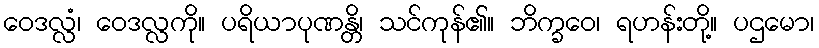
ဝေဒလ္လံ၊ ဝေဒလ္လကို။ ပရိယာပုဏန္တိ၊ သင်ကုန်၏။ ဘိက္ခဝေ၊ ရဟန်းတို့။ ပဌမော၊